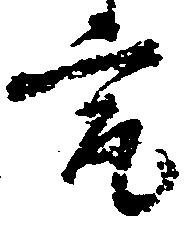
究